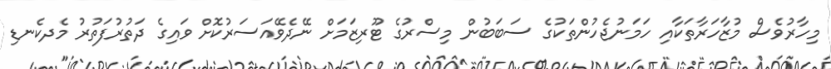
މިހާރުވެސް މުޒާހަރާތަކާއި ހަމަނުޖެހުންތަކުގެ ސަބަބުން މިސްރުގެ ޓޫރިޒަމަށް ނޭދެވޭއަސަރުކޮށް ވައިގެ ދަތުރުފަތުރު މެދކެނޑި